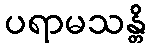
ပရာမသန္တိ